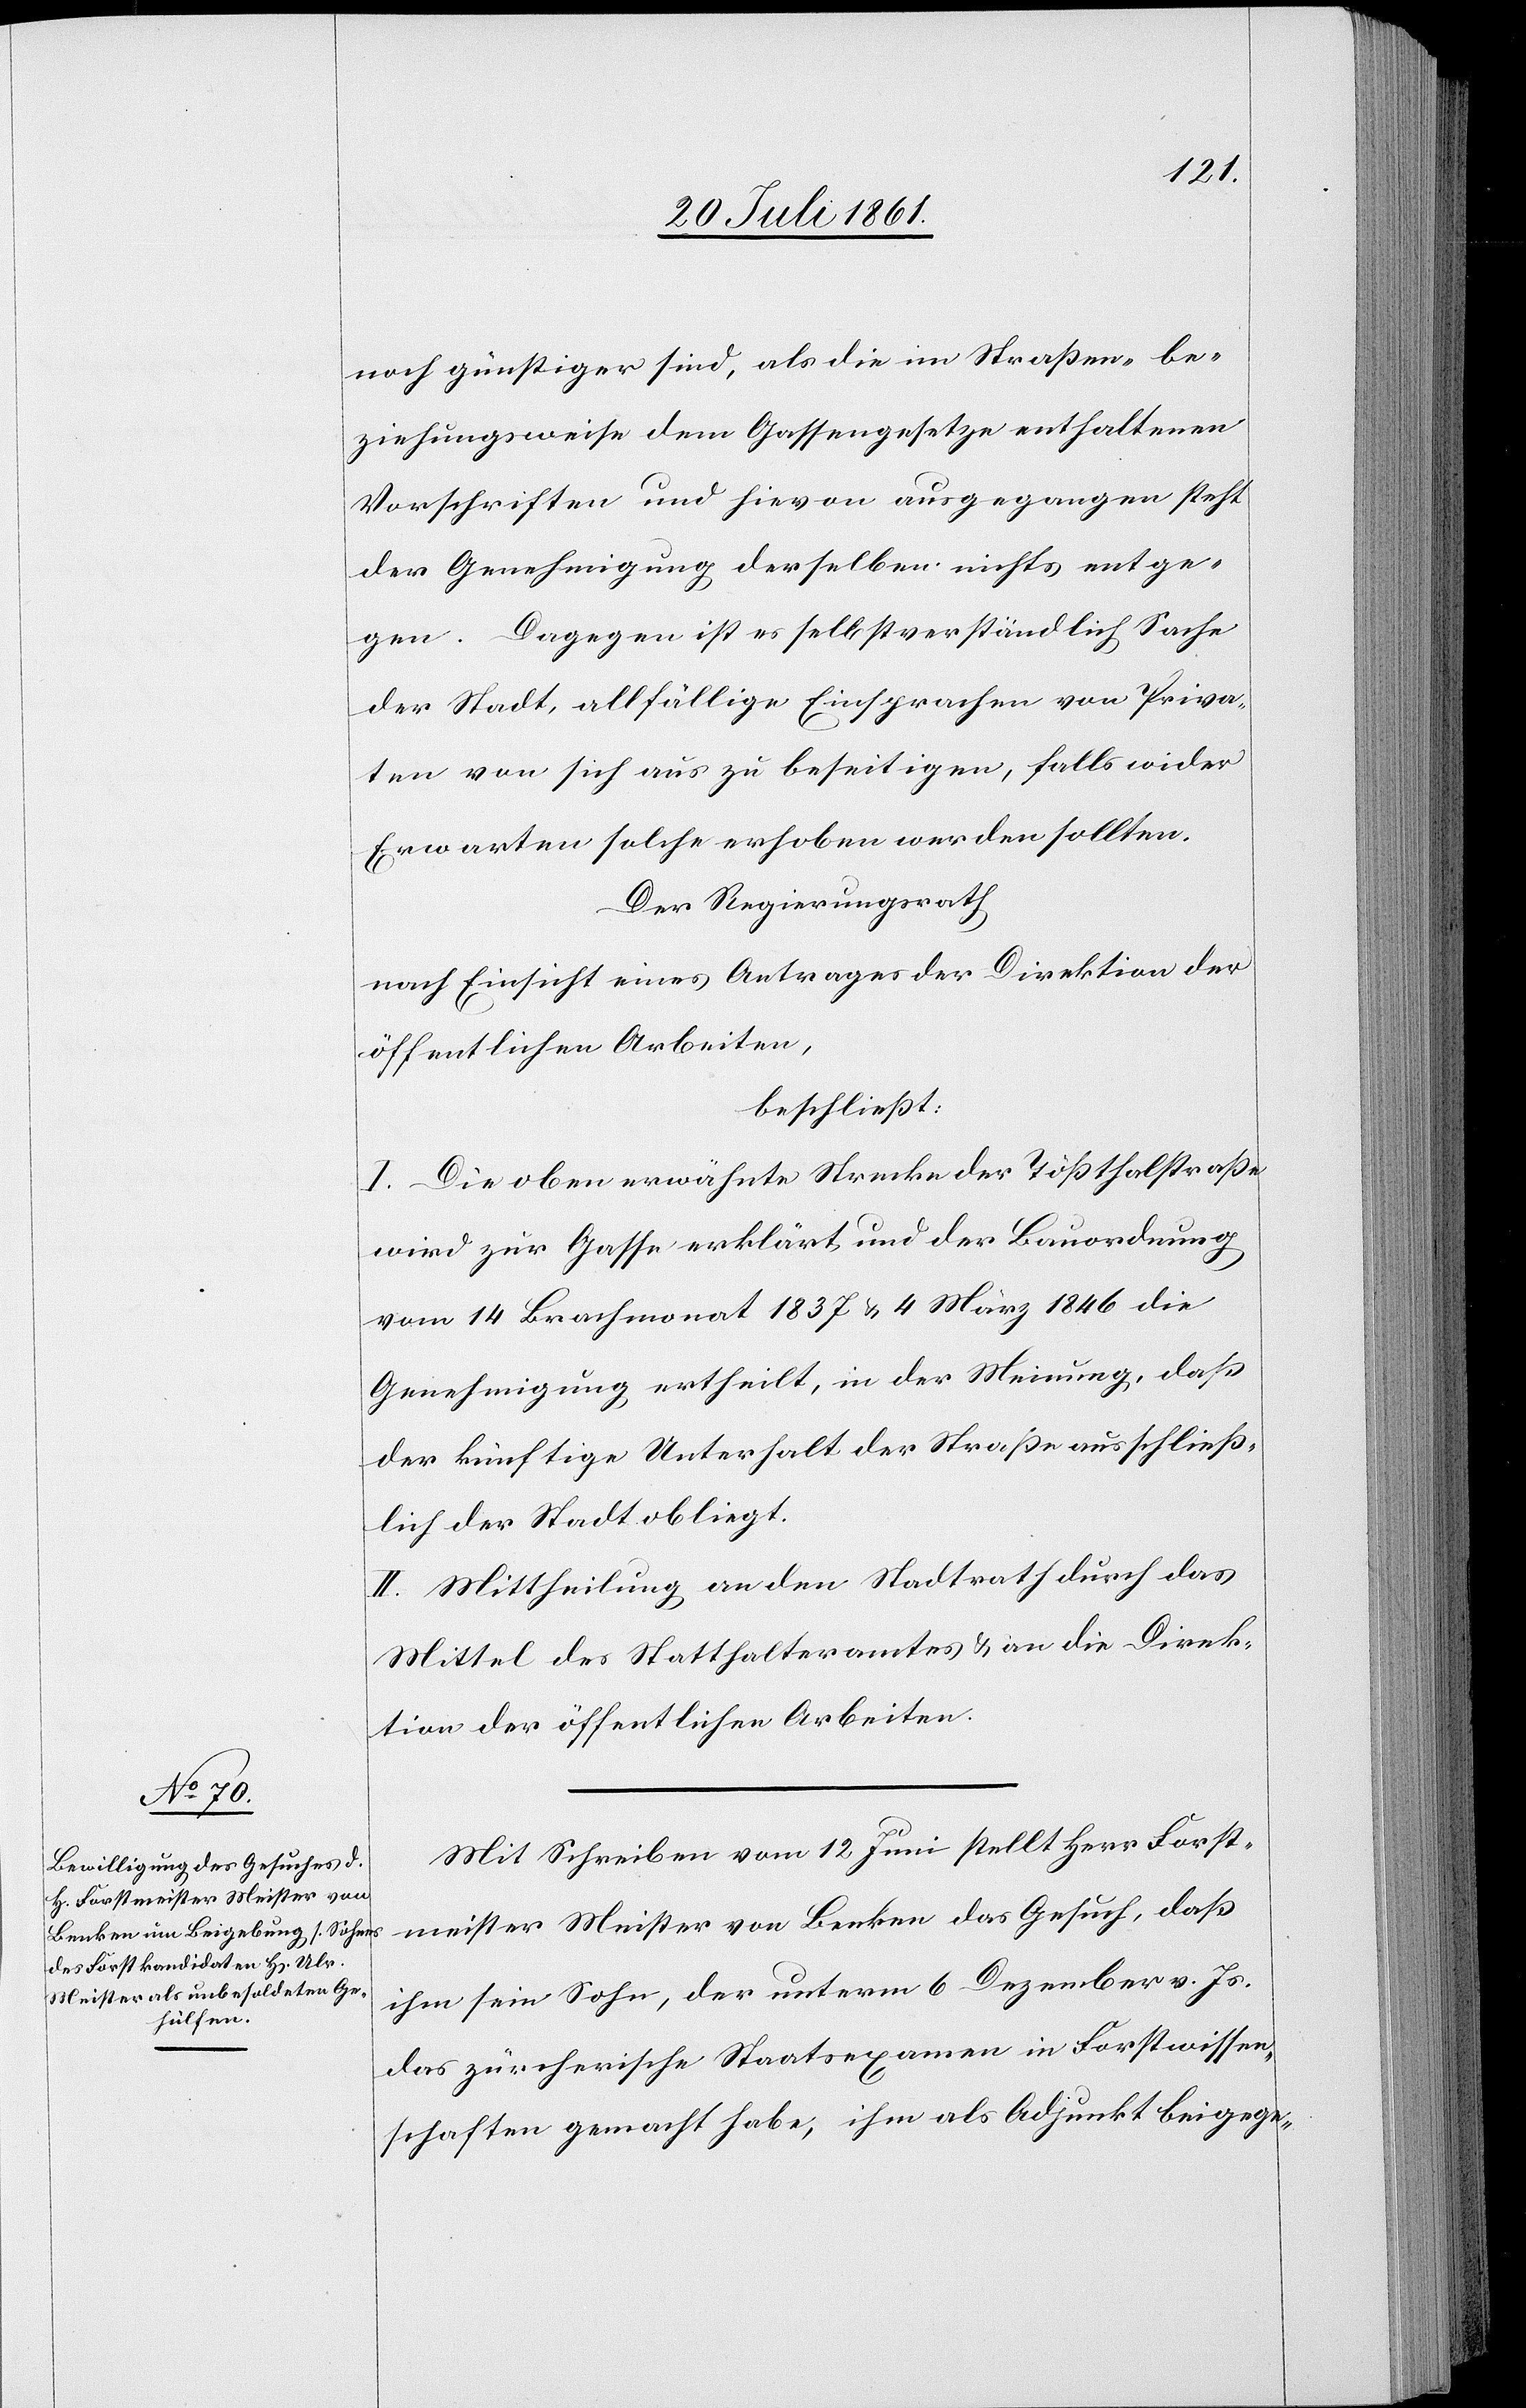
noch günstiger sind, als die Straßen- be¬
ziehungsweise dem Gassengesetze enthaltenen
Vorschriften und hievon ausgegangen steht
der Genehmigung derselben nichts entge¬
gen. Dagegen ist es selbstverständlich Sache
der Stadt, allfällige Einsprachen von Priva¬
ten von sich aus zu beseitigen, falls wieder
Erwarten solche erhoben werden sollten.
Der Regierungsrath
nach Einsicht eines Antrages der Direktion der
öffentlichen Arbeiten,
beschließt:
I. Die oben erwähnte Strecke der Tößthalstraße
wird zur Gasse erklärt und der Bauordnung
vom 14 Brachmonat 1837 u. 4 März 1846 die
Genehmigung ertheilt, in der Meinung, daß
der künftige Unterhalt der Straße ausschließ¬
lich der Stadt obliegt.
II. Mittheilung an den Stadtrath durch das
Mittel des Statthalteramtes u. an die Direk¬
tion der öffentlichen Arbeiten.
Mit Schreiben vom 12 Juni stellt Herr Forst¬
meister Meister von Benken das Gesuch, daß
ihm sein Sohn, der unterm 6 Dezember v. Js.
das zürcherische Staatsexamen in Forstwissen¬
schaften gemacht habe, ihm als Adjunkt beigege-